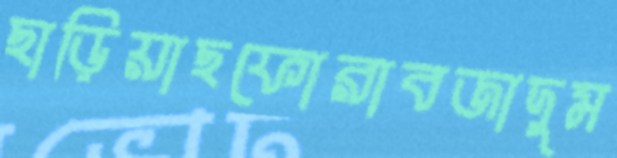
ছাড়িয়াছফোরাবজাদুম